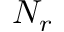
N _ { r }